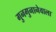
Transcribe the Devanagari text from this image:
गुनगुनानेवाला